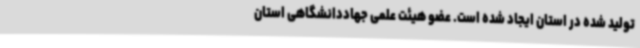
تولید شده در استان ایجاد شده است. عضو هیئت علمی جهاددانشگاهی استان